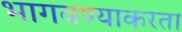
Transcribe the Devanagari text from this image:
भागवण्याकरता